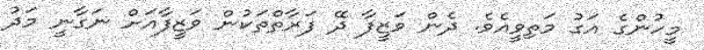
މީހުންގެ އަގު މަތިވީއެވެ. ދެން ވަޒީފާ ދޭ ފަރާތްތަަކުން ވަޒީފާއަށް ނަގާނީ މަދު